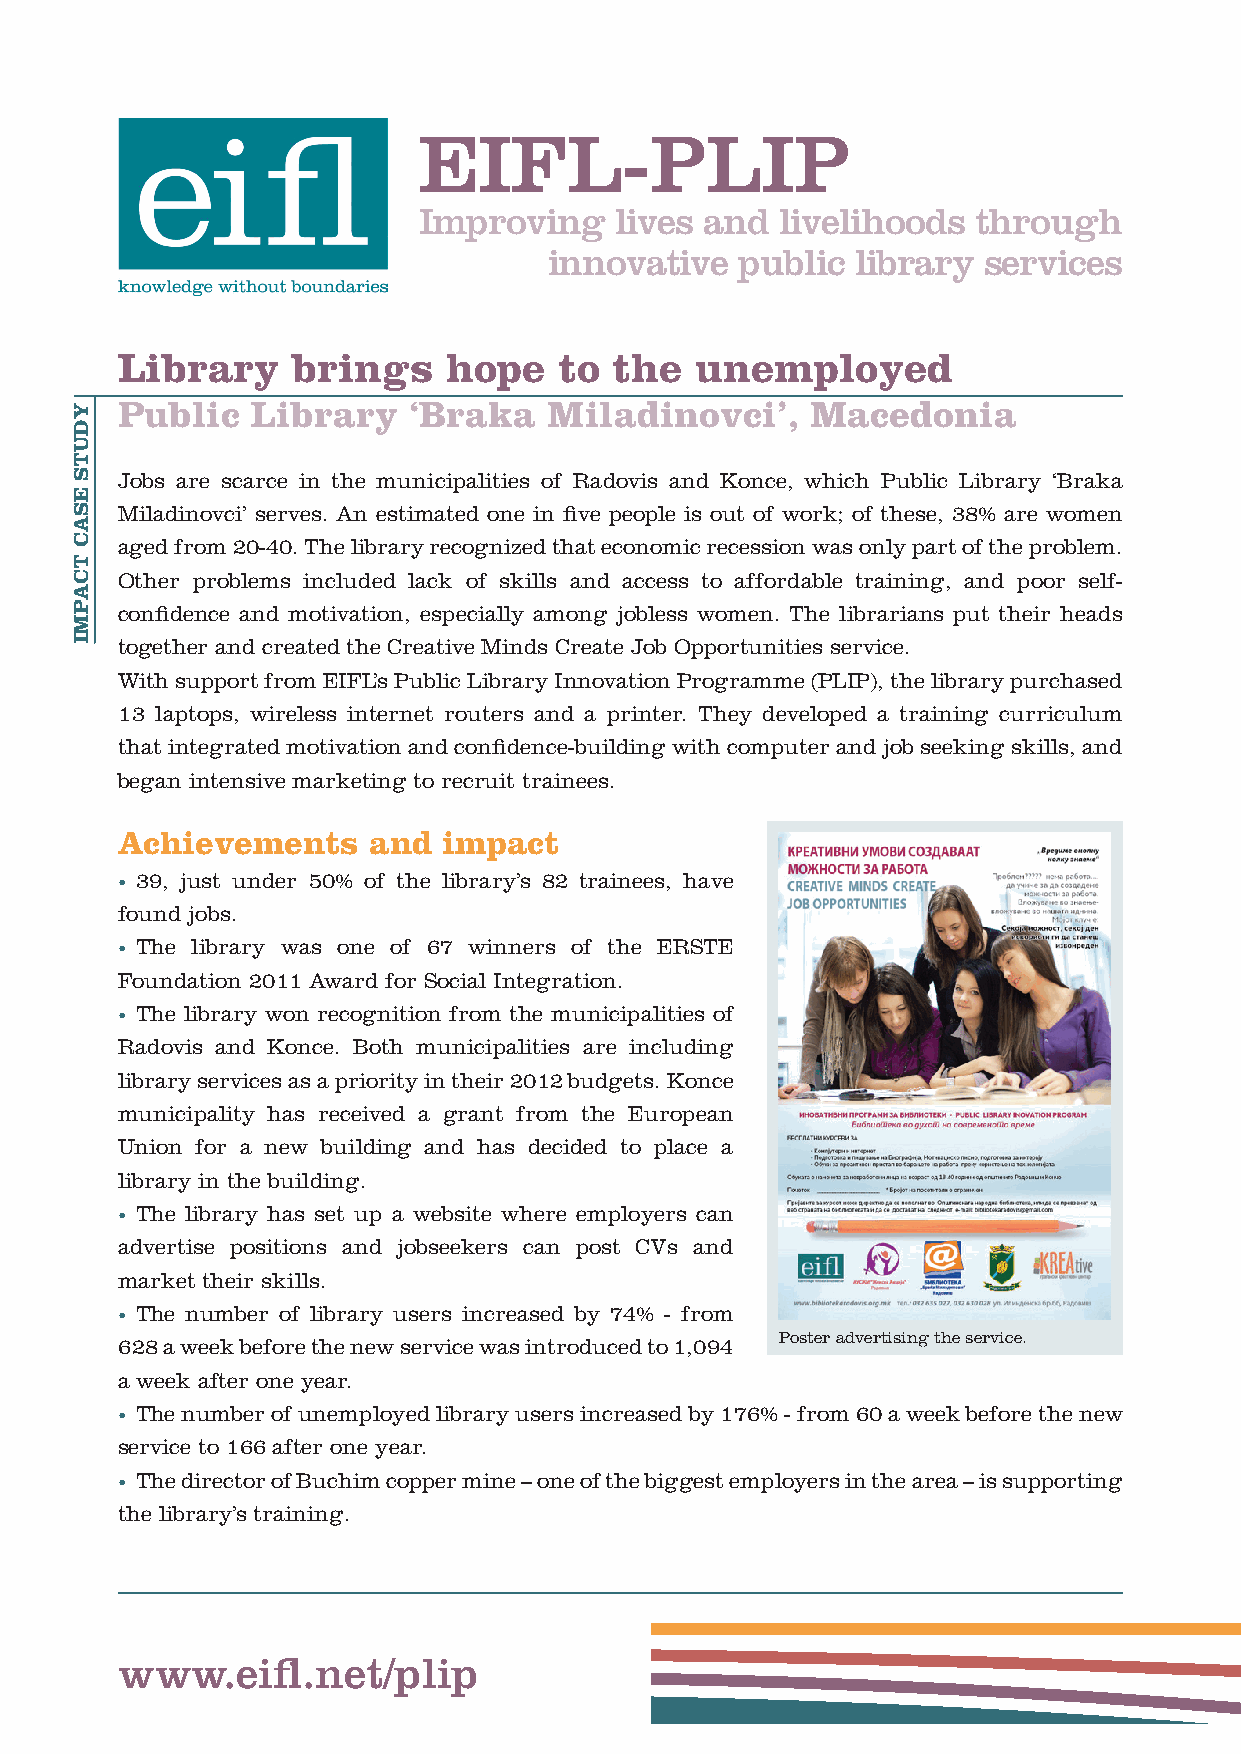
EIFL-PLIP
 Improving    lives and  livelihoods  through
 innovative   public  library services
 Library    brings     hope   to  the  unemployed
 Public   Library   ‘Braka   Miladinovci’,     Macedonia
 Jobs are scarce in the municipalities of Radovis and Konce, which Public Library ‘Braka
 Miladinovci’ serves. An estimated one in five people is out of work; of these, 38% are women
 aged from 20-40. The library recognized that economic recession was only part of the problem.
 Other problems included lack of skills and access to affordable training, and poor self-
 confidence and motivation, especially among jobless women. The librarians put their heads
 together and created the Creative Minds Create Job Opportunities service.
 With support from EIFL’s Public Library Innovation Programme (PLIP), the library purchased
 13 laptops, wireless internet routers and a printer. They developed a training curriculum
 that integrated motivation and confidence-building with computer and job seeking skills, and
 began intensive marketing to recruit trainees.
 Achievements    and  impact
 • 39, just under 50% of the library’s 82 trainees, have
 found jobs.
 • The library was one of 67 winners of the ERSTE
 Foundation 2011 Award for Social Integration.
 • The library won recognition from the municipalities of
 Radovis and Konce. Both municipalities are including
 library services as a priority in their 2012 budgets. Konce
 municipality has received a grant from the European
 Union for a new building and has decided to place a
 library in the building.
 • The library has set up a website where employers can
 advertise positions and jobseekers can post CVs and
 market their skills.
 • The number of library users increased by 74% - from
 Poster advertising the service.
 628 a week before the new service was introduced to 1,094
 a week after one year.
 • The number of unemployed library users increased by 176% - from 60 a week before the new
 service to 166 after one year.
 • The director of Buchim copper mine – one of the biggest employers in the area – is supporting
 the library’s training.
 www.eifl.net/plip
 YDUTS
 ESAC
 TCAPMI